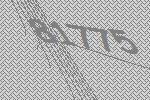
81775